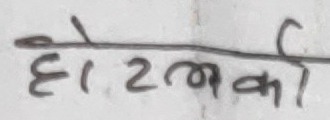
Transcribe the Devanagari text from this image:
होटलकी